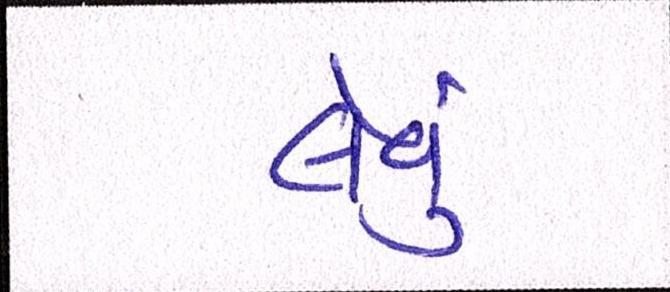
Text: લેવું